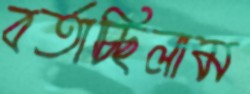
বর্তাচ্ছিলাম